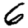
Digit: 6